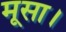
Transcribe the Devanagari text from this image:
मूसा।